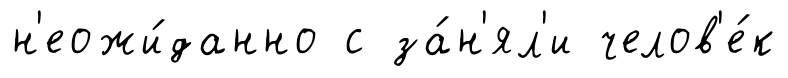
н'еожи́данно с за́н'ял'и челов'е́к